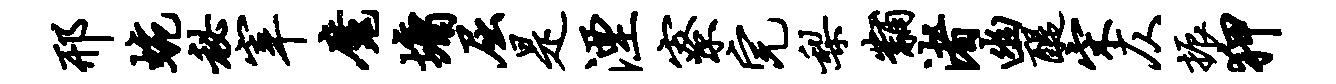
邢蜿秘宰魔墉屈是湮寮完梨黼渚幽醍宋仄振狎